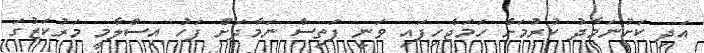
އަދި ކަށުނަމާދު ކުރުމަށް ހަމަޖެހިފައި ވަނީ ފަތިސް ނަމާދަށް ފަހު އިސްލާމީ މަރުކަޒުގަ